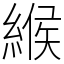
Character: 緱